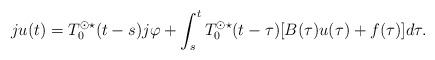
LaTeX: \begin{align*} ju(t) = T_0^{\odot \star}(t-s)j\varphi + \int_s^t T_0^{\odot \star}(t-\tau) [B(\tau)u(\tau) + f(\tau)] d\tau.\end{align*}